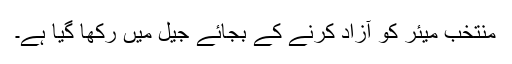
منتخب میئر کو آزاد کرنے کے بجائے جیل میں رکھا گیا ہے۔